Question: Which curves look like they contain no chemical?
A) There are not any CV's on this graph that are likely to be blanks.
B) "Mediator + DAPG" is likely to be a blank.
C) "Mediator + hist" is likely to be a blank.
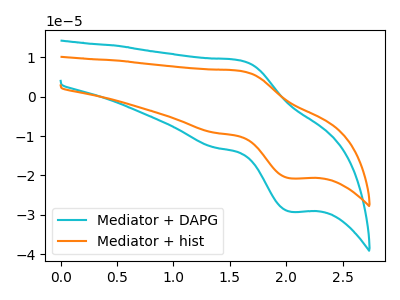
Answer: <think>The cyan curve "Mediator + DAPG" has an anodic peak at (1.60V, 9.20uA) and a cathodic peak at (2.05V, -29.20uA). The orange curve "Mediator + hist" has an anodic peak at (1.60V, 6.55uA) and a cathodic peak at (2.05V, -20.75uA).</think>
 <answer>A) There are not any CV's on this graph that are likely to be blanks.</answer>
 <eval>A</eval>